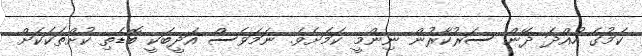
ކަމުގެ ހުއްދަ ދޭން ސަރުކާރުން ނިންމީ ކަމަށެވެ. ނަމަވެސް އަދީބަކީ ބޮޑެތި ކުށްތަކަކަށް